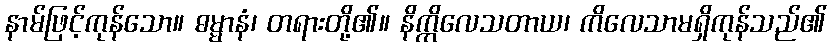
နာမ်ဖြင့်ကုန်သော။ ဓမ္မာနံ၊ တရားတို့၏။ နိက္ကိလေသတာယ၊ ကိလေသာမရှိကုန်သည်၏